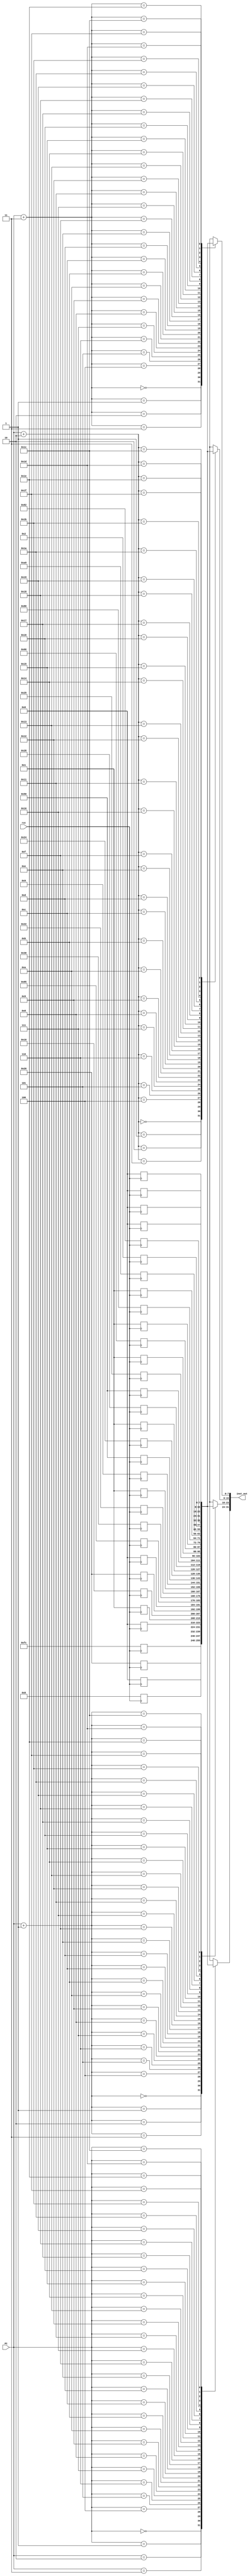

module instr_mem(PC,inst_out,rst);
  
  input rst;
  input [4:0]PC;
  output[31:0] inst_out;
  
  reg [7:0] I_m[31:0]; // chnange it to 32 bits
  
  always@(negedge rst)
    begin
    I_m[0]= 8'hFC;
    I_m[1]= 8'h20;
    I_m[2]= 8'h00;
    I_m[3]= 8'h08;
    I_m[4]= 8'h00;
    I_m[5]= 8'h01;
    I_m[6]= 8'h10; 
    I_m[7]= 8'h20;	  
    I_m[8]= 8'h00; 
    I_m[9]= 8'h85;
    I_m[10]= 8'h30;  
    I_m[11]= 8'h22; 
    I_m[12]= 8'h01; 
    I_m[13]= 8'h09; 
    I_m[14]= 8'h50; 
    I_m[15]= 8'h24; 
    I_m[16]= 8'h01; 
    I_m[17]= 8'h28; 
    I_m[18]= 8'h50; 
    I_m[19]= 8'h25;
    I_m[20]= 8'h01; 
    I_m[21]= 8'h66;
    I_m[22]= 8'h01; 
    I_m[23]= 8'h80;
    I_m[24]= 8'h01; 
    I_m[25]= 8'hA9; 
    I_m[26]= 8'h02; 
    I_m[27]= 8'h82; 
    I_m[28]= 8'h0; 
    I_m[29]= 8'h0; 
    I_m[30]= 8'h0; 
    I_m[31]= 8'h0; 
  
  
    end 
     
assign inst_out= {I_m[PC],I_m[PC+1],I_m[PC+2],I_m[PC+3]} ;


endmodule